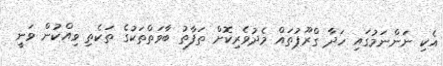
އެކި ނަންނަމުގައި ހަދާ ގްރޫޕުތައް މެދުވެރިކޮށް ތަފާތު ބާވަތްތަކުގެ ތަކެތި ވިއްކުން ވަނީ